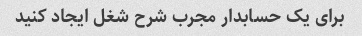
برای یک حسابدار مجرب شرح شغل ایجاد کنید